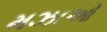
મઝાઓ